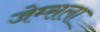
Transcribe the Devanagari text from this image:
जेम्सला